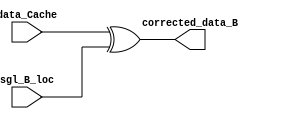
module Corrector_B(
    input [31:0] data_Cache,
    input [31:0] sgl_B_loc,
    output [31:0] corrected_data_B

);

assign corrected_data_B = data_Cache ^ sgl_B_loc;

endmodule